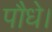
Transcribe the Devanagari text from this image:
पौधे।